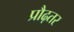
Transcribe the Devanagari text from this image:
प्रौढ़तर